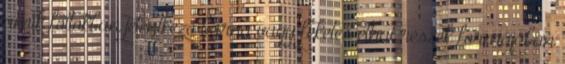
amik foltokban jelentkező barna vagy feketés elhat részek formájában